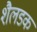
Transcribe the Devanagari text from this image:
शैलडक